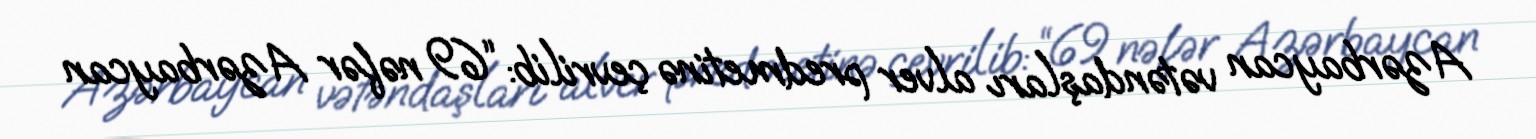
Azərbaycan vətəndaşları alver predmetinə çevrilib: “69 nəfər Azərbaycan